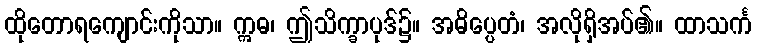
ထိုတောရကျောင်းကိုသာ။ ဣဓ၊ ဤသိက္ခာပုဒ်၌။ အဓိပ္ပေတံ၊ အလိုရှိအပ်၏။ ထာသင်္က